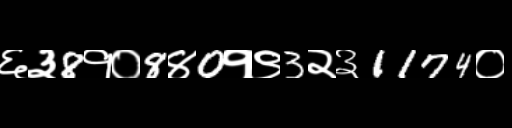
Text: ६३8१०8४0१९3२३1174०